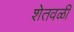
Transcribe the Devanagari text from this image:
शेतवळी